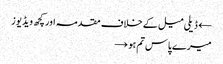
← ڈیلی میل کے خلاف مقدمہ اور کچھ ویڈیوز
میرے پاس تم ہو →